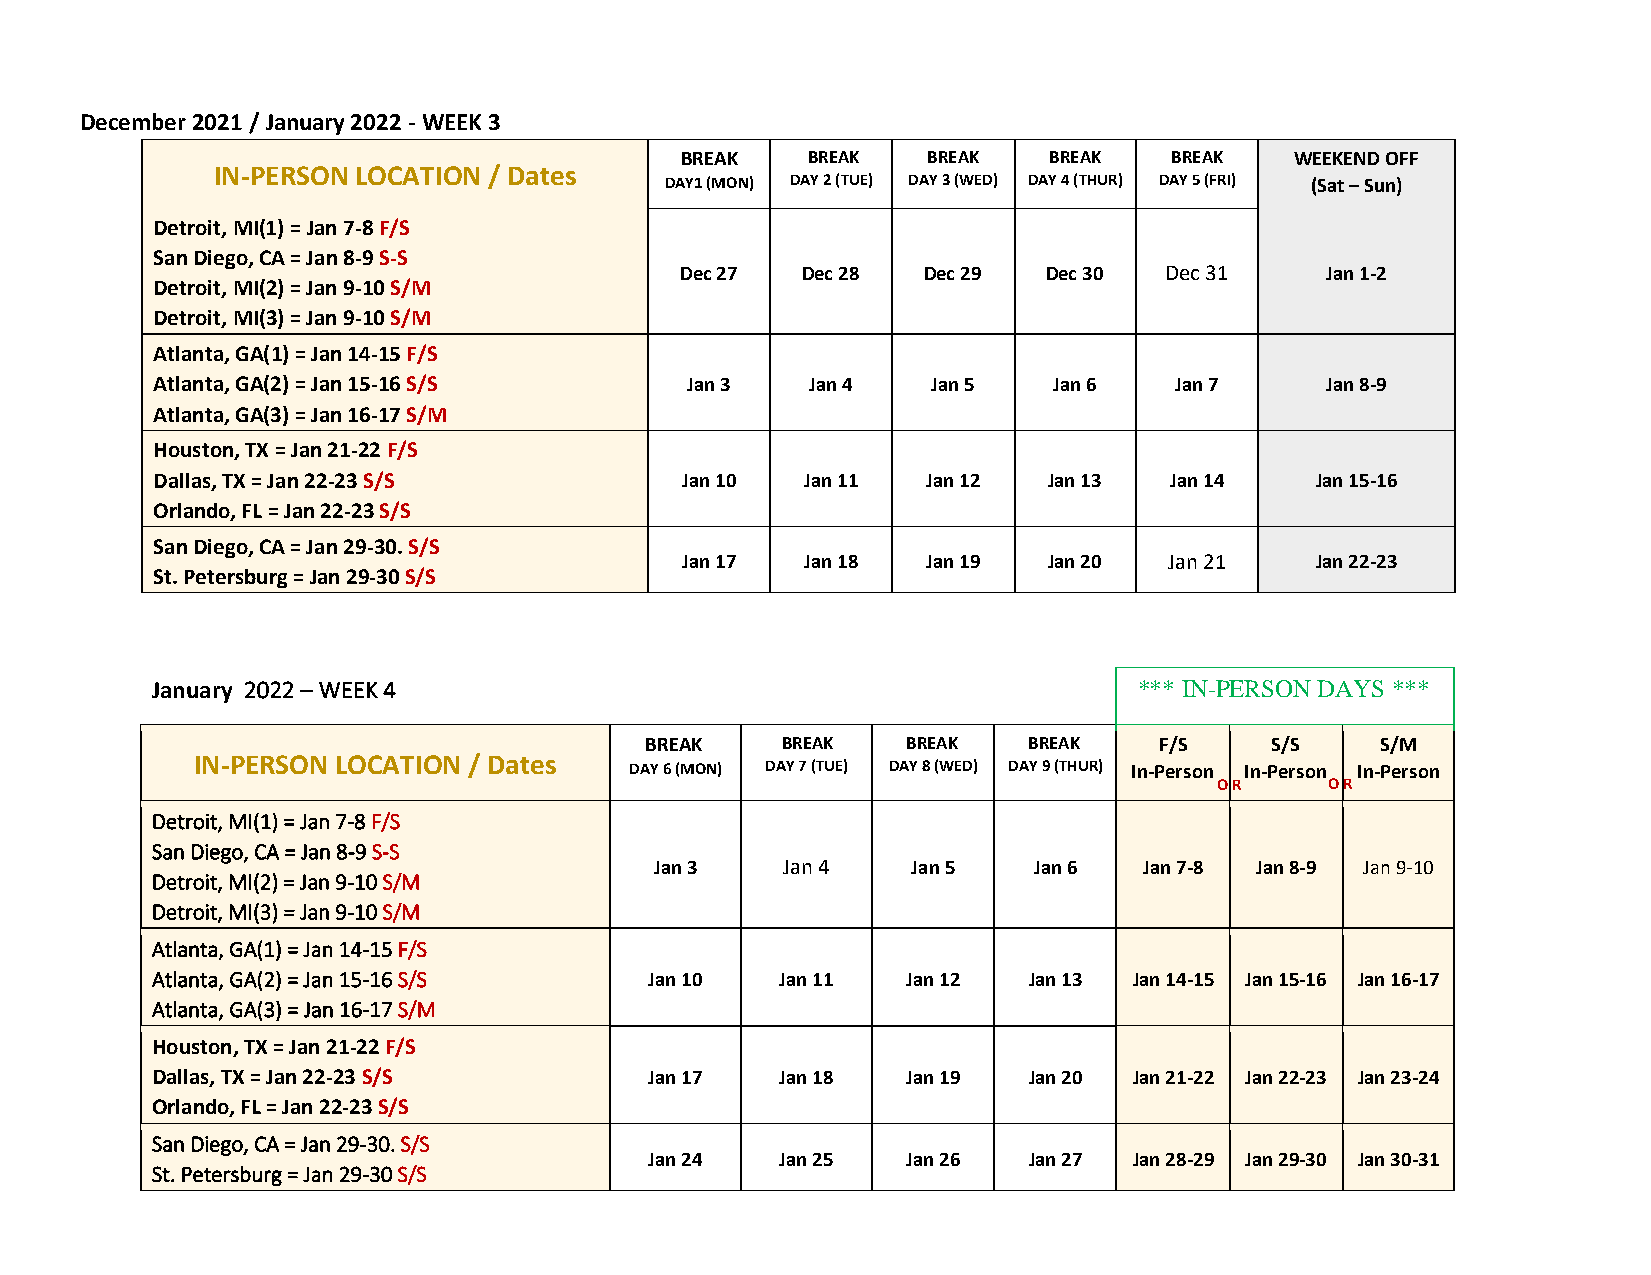
December 2021 / January 2022 - WEEK 3
 BREAK   BREAK   BREAK   BREAK    BREAK   WEEKEND OFF
 IN-PERSON LOCATION / Dates
 DAY1 (MON) DAY 2 (TUE) DAY 3 (WED) DAY 4 (THUR) DAY 5 (FRI) (Sat – Sun)
 Detroit, MI(1) = Jan 7-8 F/S
 San Diego, CA = Jan 8-9 S-S
 Dec 27  Dec 28  Dec 29  Dec 30  Dec 31     Jan 1-2
 Detroit, MI(2) = Jan 9-10 S/M
 Detroit, MI(3) = Jan 9-10 S/M
 Atlanta, GA(1) = Jan 14-15 F/S
 Atlanta, GA(2) = Jan 15-16 S/S     Jan 3    Jan 4   Jan 5   Jan 6   Jan 7     Jan 8-9
 Atlanta, GA(3) = Jan 16-17 S/M
 Houston, TX = Jan 21-22 F/S
 Dallas, TX = Jan 22-23 S/S         Jan 10  Jan 11  Jan 12  Jan 13  Jan 14    Jan 15-16
 Orlando, FL = Jan 22-23 S/S
 San Diego, CA = Jan 29-30. S/S
 Jan 17  Jan 18  Jan 19  Jan 20  Jan 21    Jan 22-23
 St. Petersburg = Jan 29-30 S/S
 January 2022 – WEEK 4                                            *** IN-PERSON DAYS ***
 BREAK    BREAK   BREAK   BREAK    F/S    S/S    S/M
 IN-PERSON LOCATION / Dates
 DAY 6 (MON) DAY 7 (TUE) DAY 8 (WED) DAY 9 (THUR) In-Person In-Person In-Person
 O R    O R
 Detroit, MI(1) = Jan 7-8 F/S
 San Diego, CA = Jan 8-9 S-S
 Jan 3    Jan 4   Jan 5   Jan 6   Jan 7-8 Jan 8-9 Jan 9-10
 Detroit, MI(2) = Jan 9-10 S/M
 Detroit, MI(3) = Jan 9-10 S/M
 Atlanta, GA(1) = Jan 14-15 F/S
 Atlanta, GA(2) = Jan 15-16 S/S   Jan 10   Jan 11  Jan 12  Jan 13 Jan 14-15 Jan 15-16 Jan 16-17
 Atlanta, GA(3) = Jan 16-17 S/M
 Houston, TX = Jan 21-22 F/S
 Dallas, TX = Jan 22-23 S/S       Jan 17   Jan 18  Jan 19  Jan 20 Jan 21-22 Jan 22-23 Jan 23-24
 Orlando, FL = Jan 22-23 S/S
 San Diego, CA = Jan 29-30. S/S
 Jan 24   Jan 25  Jan 26  Jan 27 Jan 28-29 Jan 29-30 Jan 30-31
 St. Petersburg = Jan 29-30 S/S